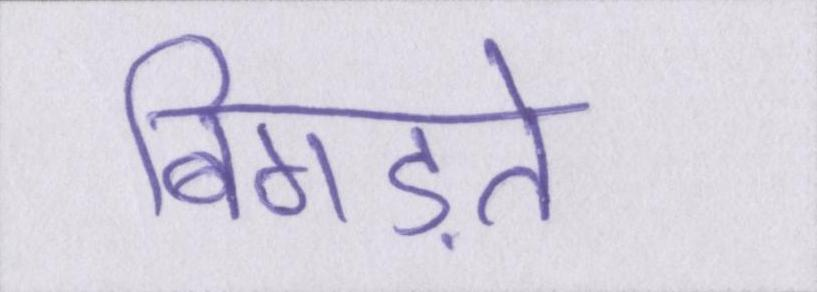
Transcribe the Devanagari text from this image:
बिगड़ते